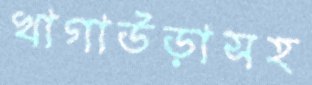
খাগাউড়াসহ